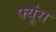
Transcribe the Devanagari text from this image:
फ्यूंस